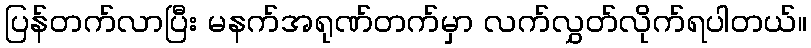
ပြန်တက်လာပြီး မနက်အရုဏ်တက်မှာ လက်လွှတ်လိုက်ရပါတယ်။